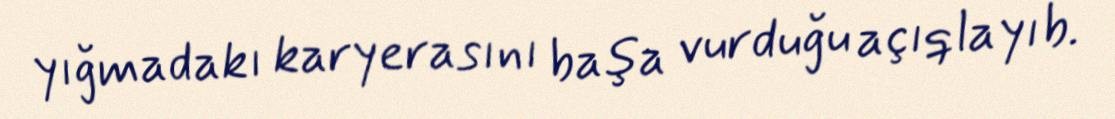
yığmadakı karyerasını başa vurduğu açıqlayıb.